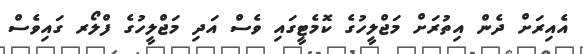
އެއިރަށް ދެން އިތުރަށް މަޖްލީހުގެ ކޮމެޓީގައި ވެސް އަދި މަޖްލީހުގެ ފްލޯރ ގައިވެސް